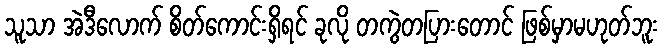
သူသာ အဲဒီလောက် စိတ်ကောင်းရှိရင် ခုလို တကွဲတပြားတောင် ဖြစ်မှာမဟုတ်ဘူး